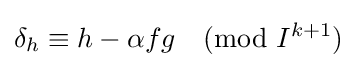
\delta _{h}\equiv h-\alpha fg{\pmod {I^{k+1}}}